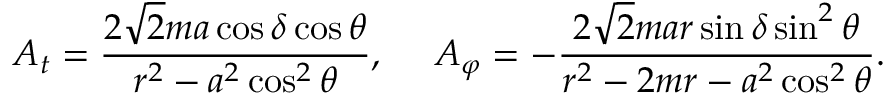
A _ { t } = { \frac { 2 \sqrt { 2 } m a \cos \delta \cos \theta } { r ^ { 2 } - a ^ { 2 } \cos ^ { 2 } \theta } } , \ \ \ \ A _ { \varphi } = - { \frac { 2 \sqrt { 2 } m a r \sin \delta \sin ^ { 2 } \theta } { r ^ { 2 } - 2 m r - a ^ { 2 } \cos ^ { 2 } \theta } } .